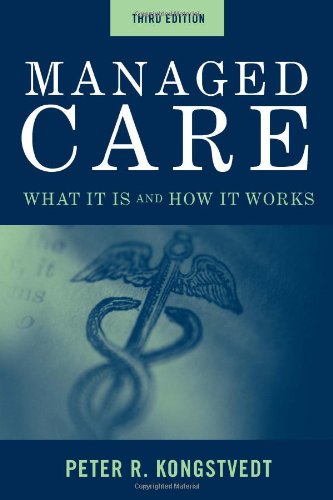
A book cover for Managed Care: What It Is And How It Works (Managed Health Care Handbook ( Kongstvedt)); Peter R. Kongstvedt; Medical Books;